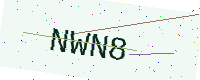
Text: NWN8